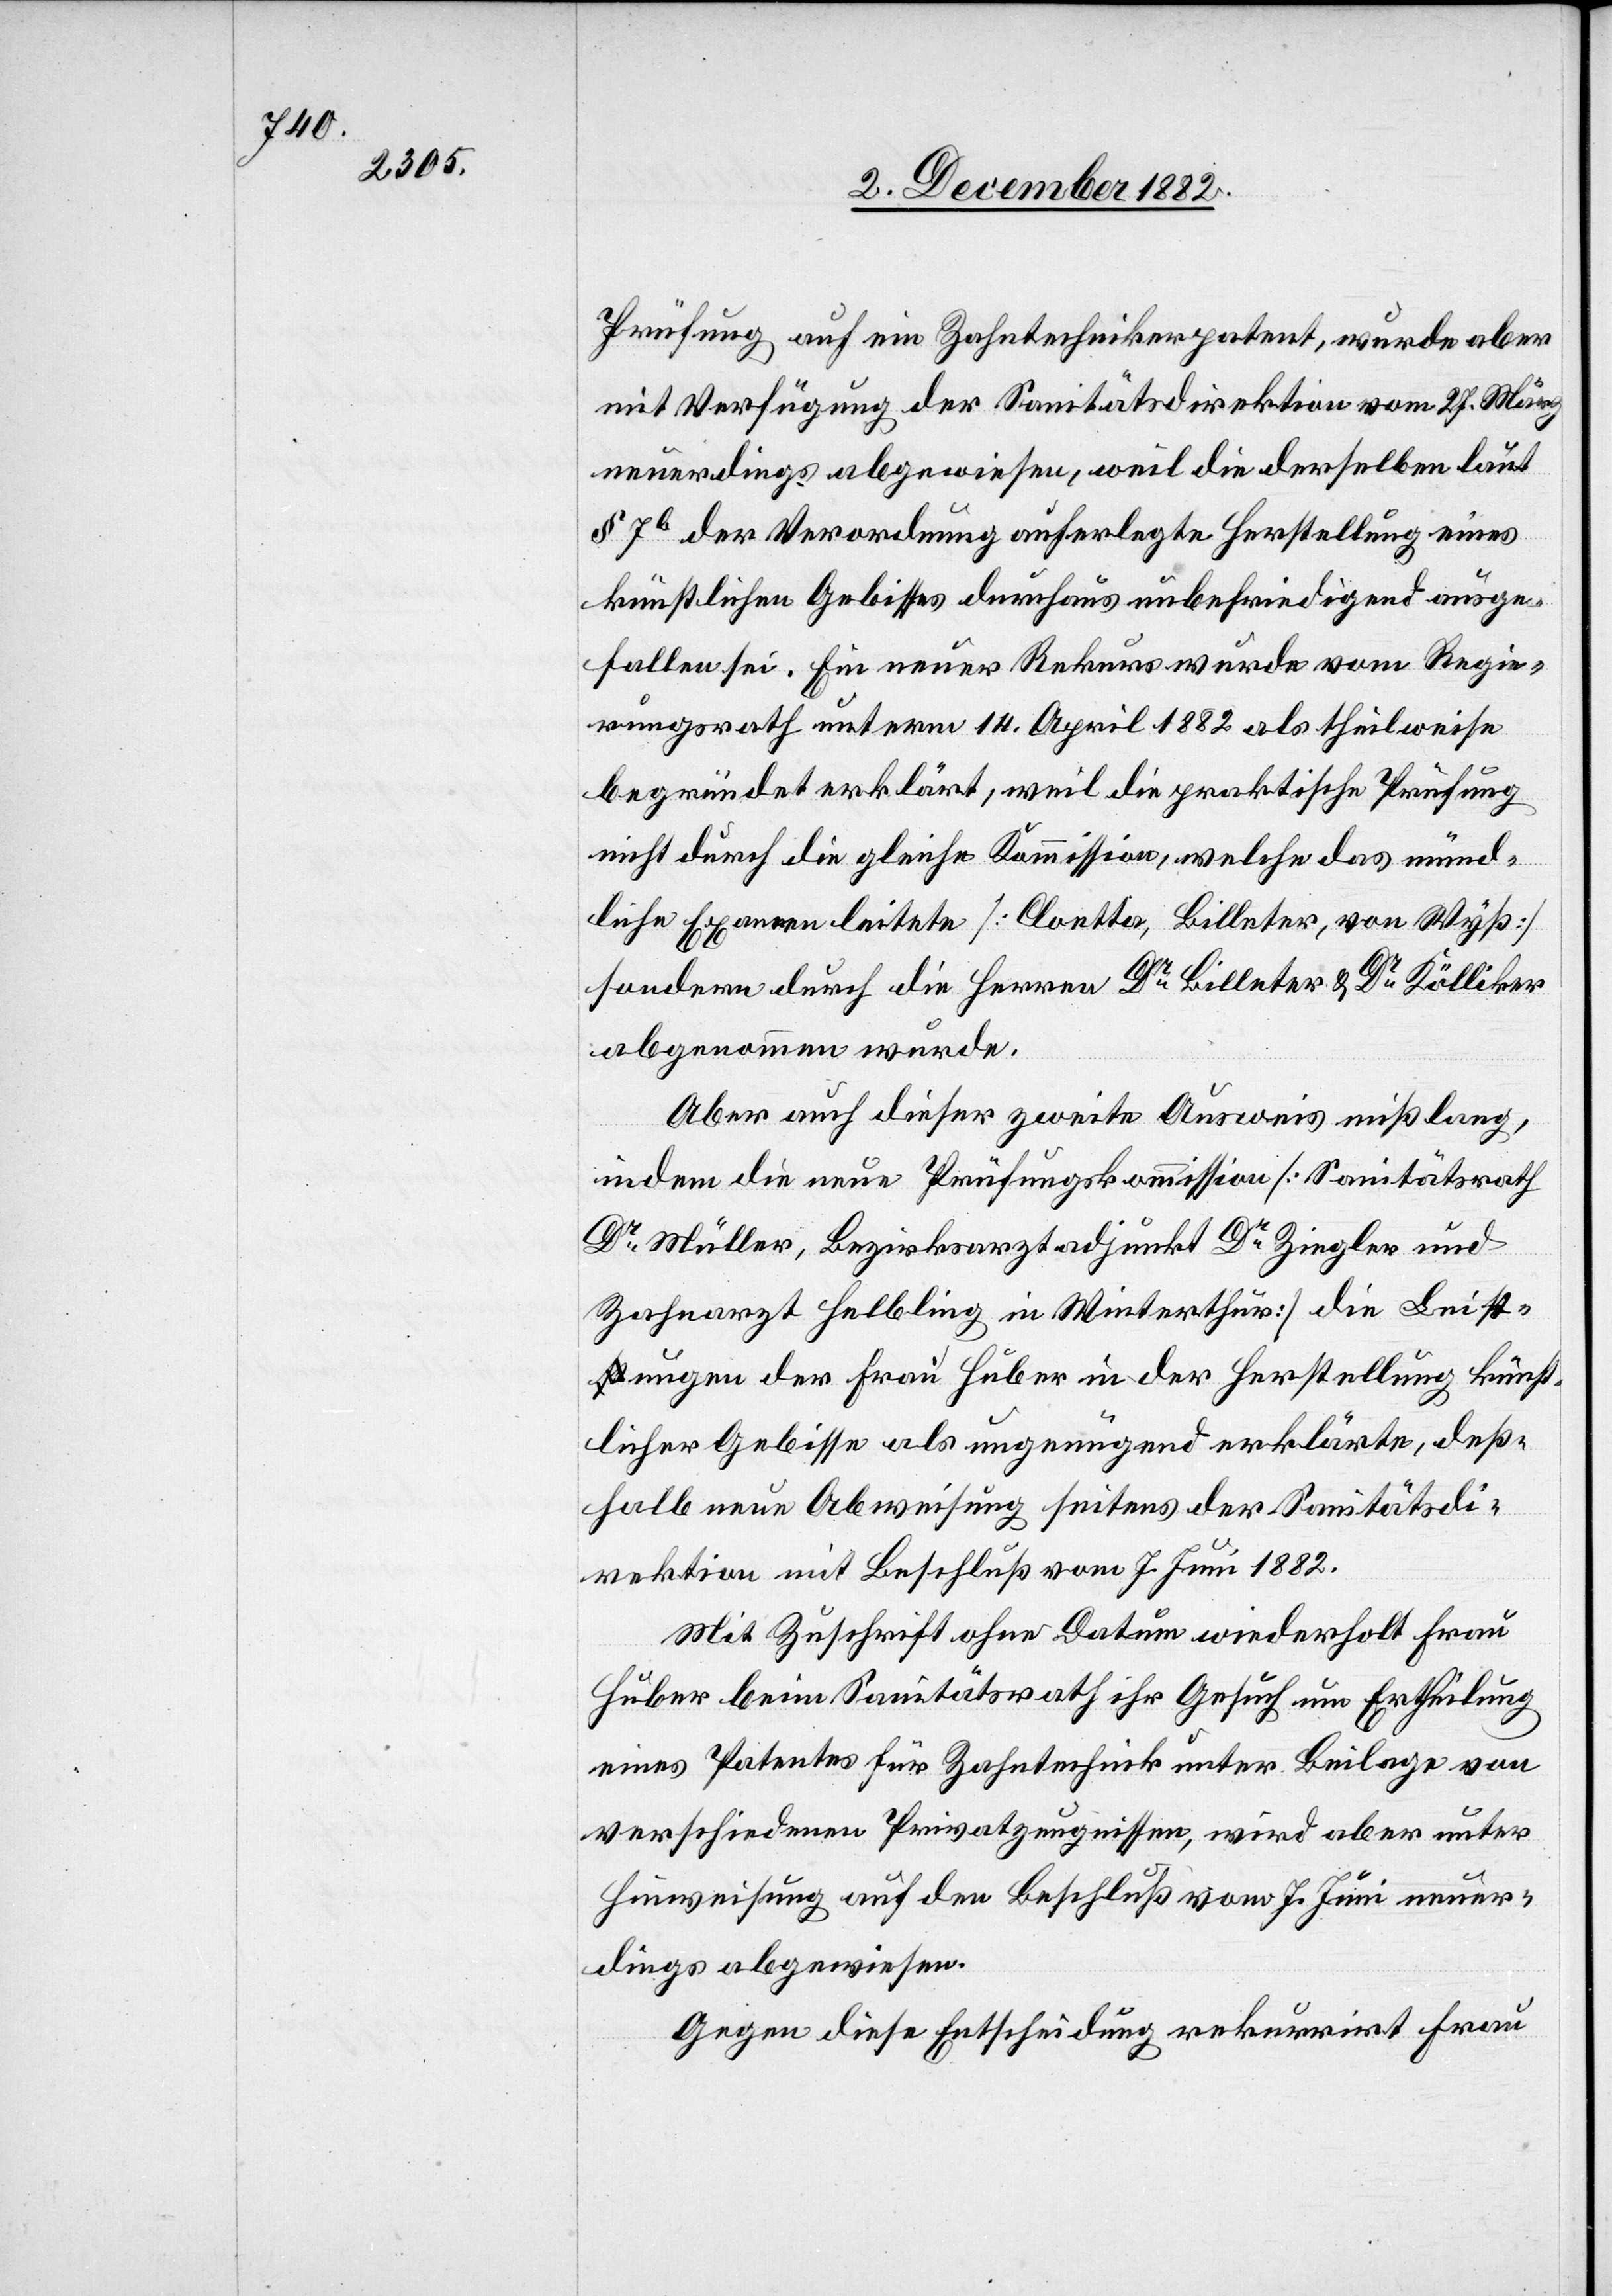
Prüfung auf ein Zahntechnikerpatent, wurde aber
mit Verfügung der Sanitätsdirektion vom 27. März
neuerdings abgewiesen, weil die derselben laut
§ 7b der Verordnung auferlegte Herstellung eines
künstlichen Gebisses durchaus unbefriedigend ausge¬
fallen sei. Ein neuer Rekurs wurde vom Regie¬
rungsrath unterm 14. April 1882 als theilweise
begründet erklärt, weil die praktische Prüfung
nicht durch die gleiche Kommission, welche das münd¬
liche Examen leitete [Cloetta, Billeter, von Wyß]
sondern durch die Herren Dr Billeter & Dr Kölliker
abgenommen wurde.
Aber auch dieser zweite Ausweis mißlang,
indem die neue Prüfungskommission [Sanitätsrath
Dr Müller, Bezirksarztadjunkt Dr Ziegler und
Zahnarzt Helbling in Winterthur] die Leist¬
ungen der Frau Huber in der Herstellung künst¬
licher Gebisse als ungenügend erklärte, deß¬
halb neue Abweisung seitens der Sanitätsdi¬
rektion mit Beschluß vom 7. Juni 1882.
Mit Zuschrift ohne Datum wiederholt Frau
Huber beim Sanitätsrath ihr Gesuch um Ertheilung
eines Patentes für Zahntechnik unter Beilage von
verschiedenen Privatzeugnissen, wird aber unter
Hinweisung auf den Beschluß vom 7. Juni neuer¬
dings abgewiesen.
Gegen diese Entscheidung rekurrirt Frau